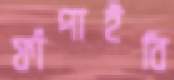
ফাঁপাইবি